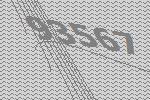
93567